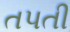
તપતી